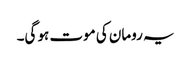
یہ رومان کی موت ہو گی۔